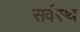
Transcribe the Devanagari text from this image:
सर्वस्थ